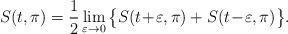
LaTeX: \begin{align*}S(t,\pi) = \frac{1}{2} \lim_{\varepsilon \to 0 }\big\{ S(t\!+\!\varepsilon,\pi)+S(t\!-\!\varepsilon,\pi) \big\}.\end{align*}